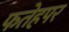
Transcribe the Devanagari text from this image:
फतेहपर